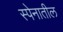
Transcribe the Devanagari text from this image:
स्पेनातील